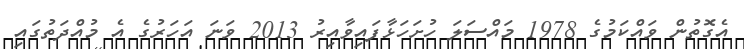
އެގޮތުން ވައްކަމުގެ 1978 މައްސަލަ ހުށަހަޅާފައިވާއިރު 2013 ވަނަ އަހަރުގެ އެ މުއްދަތުގައި